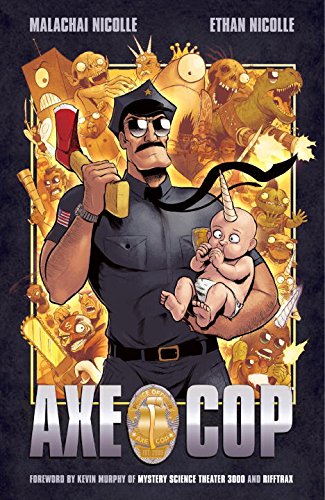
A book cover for Axe Cop, Vol. 1; Malachai Nicollle; Humor & Entertainment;